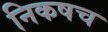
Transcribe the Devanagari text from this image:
निकषच